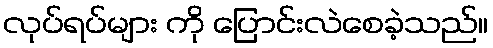
လုပ်ရပ်များ ကို ပြောင်းလဲစေခဲ့သည်။